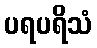
ပရပရိသံ